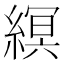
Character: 𦃼